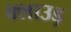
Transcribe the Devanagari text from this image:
क्लाउड़